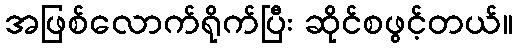
အဖြစ်လောက်ရိုက်ပြီး ဆိုင်စဖွင့်တယ်။